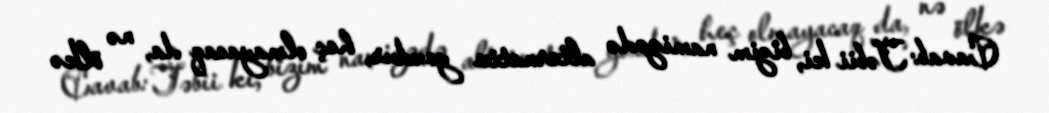
Cavab: Təbii ki, bizim namizədə alternativ yoxdur, heç olmayacaq da, nə ölkə